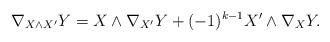
LaTeX: \begin{align*}\nabla_{X\wedge X'}Y=X\wedge \nabla_{X'}Y+(-1)^{k-1}X'\wedge \nabla_XY.\end{align*}